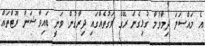
އެ މައްސަލަ ދިމާވުމާ ގުޅިގެން ރޭގެ ވަގުތެއްގައި ދިރާގުން ވަނީ ޑައިވާޝަން ރޫޓްތައް